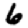
Digit: 6